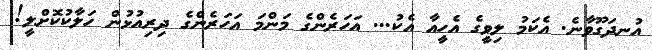
އުނދަގޫވާނެ. އެކަމު ލިވީގެ އެހީއާ އެކު... އަހަރެންގެ މަންމަ އަހަރެންގެ ދިރިއުޅުން ހަލާކުކޮށްލީ!